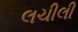
લચીલી